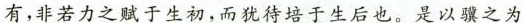
\underline{有，非若力之赋于生初，而犹待培于生后也。}是以之为